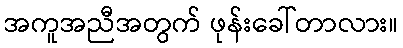
အကူအညီအတွက် ဖုန်းခေါ်တာလား။